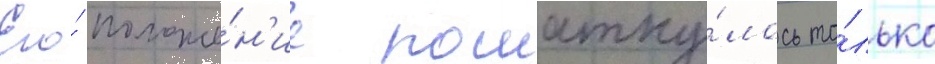
Его́ положе́н'ие пошатну́лось то́лько